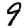
Digit: 9